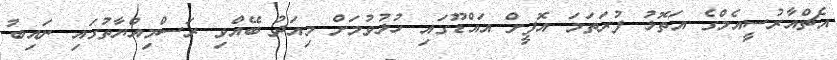
އެޗްއާރުސީއެމްގެ އަތޮޅު ފުރަތަމަ އޮފީށް އައްޑޫގައި ހުޅުވުމަށް މިއަދު ބޭއްވި ރަސްމިއްޔާތުގައި ނައިބު